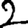
Digit: 2